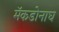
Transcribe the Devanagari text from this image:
मॅकडोनाघ